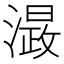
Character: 𭲮